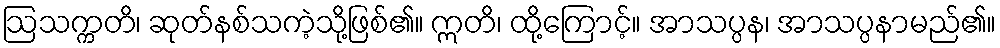
ဩသက္ကတိ၊ ဆုတ်နစ်သကဲ့သို့ဖြစ်၏။ ဣတိ၊ ထို့ကြောင့်။ အာသပ္ပန၊ အာသပ္ပနာမည်၏။